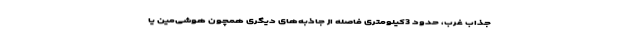
جذاب غرب، حدود 3کیلومتری فاصله از جاذبه‌های دیگری همچون هوشی‌مین یا